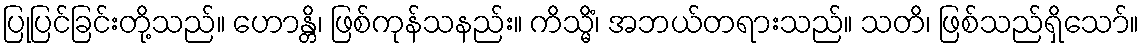
ပြုပြင်ခြင်းတို့သည်။ ဟောန္တိ၊ ဖြစ်ကုန်သနည်း။ ကိသ္မိံ၊ အဘယ်တရားသည်။ သတိ၊ ဖြစ်သည်ရှိသော်။